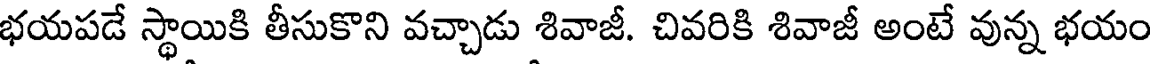
భయపడే స్థాయికి తీసుకొని వచ్చాడు శివాజీ. చివరికి శివాజీ అంటే వున్న భయం